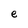
Character: e